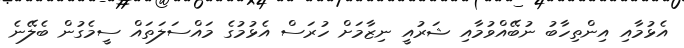
އެޅުމާއި އިންތިހާބު ނުބޭއްވުމާއި ޝަރުއީ ނިޒާމަށް ހުރަސް އެޅުމުގެ މައްސަލަތައް ސީމެގުން ބެލޭނެ